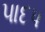
પાદપ